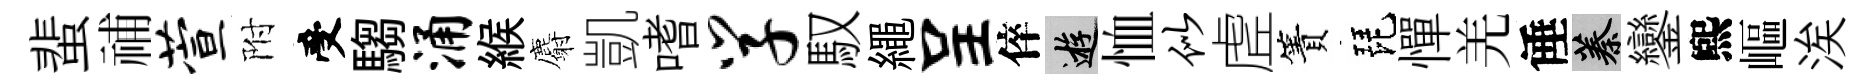
蜚𥙷萱附受騶涌緱麝凱嗜学馭繩呈倅游恤似虗簀琵憚羌倕蓁鑾煕嶇涘